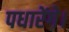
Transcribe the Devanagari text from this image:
पधारेंगे।